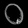
Digit: ၀